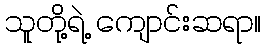
သူတို့ရဲ့ ကျောင်းဆရာ။